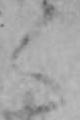
く